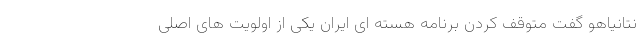
نتانیاهو گفت متوقف کردن برنامه هسته ای ایران یکی از اولویت های اصلی